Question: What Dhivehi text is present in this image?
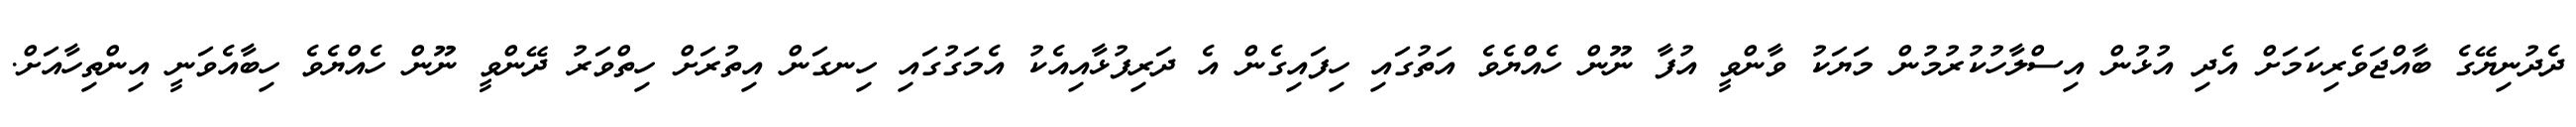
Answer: ދެދުނިޔޭގެ ބާއްޖަވެރިކަމަށް އެދި އުޅުން އިސްލާހުކުރުމުން މަޔަކު ވާންވީ އުފާ ނޫން ހެއްޔެވެ އަތުގައި ހިފައިގެން އެ ދަރިފުޅާއިއެކު އެމަގުގައި ހިނގަން އިތުރަށް ހިތްވަރު ދޭންވީ ނޫން ހެއްޔެވެ ހިބާއެވަނީ އިންތިހާއަށް.